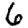
Digit: 6